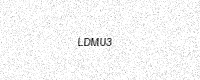
Text: LDMU3